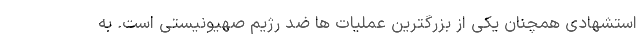
استشهادی همچنان یکی از بزرگترین عملیات ها ضد رژیم صهیونیستی است. به